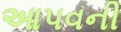
આપવની